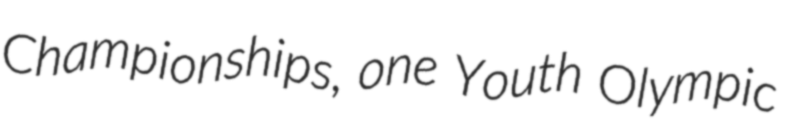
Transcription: Championships, one Youth Olympic